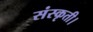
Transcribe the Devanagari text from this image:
संस्कृती।